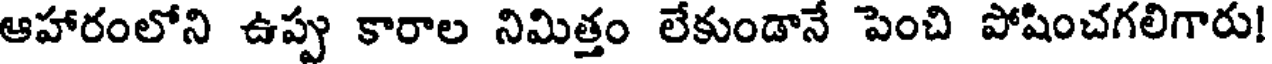
ఆహారంలోని ఉప్పు కారాల నిమిత్తం లేకుండానే పెంచి పోషించగలిగారు!